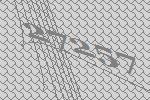
27257